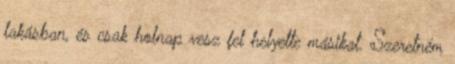
lakásban, és csak holnap vesz fel helyette másikat. Szeretném